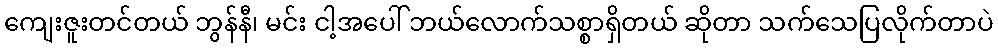
ကျေးဇူးတင်တယ် ဘွန်နီ၊ မင်း ငါ့အပေါ် ဘယ်လောက်သစ္စာရှိတယ် ဆိုတာ သက်သေပြလိုက်တာပဲ